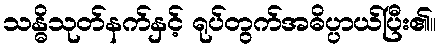
သန္ဓိသုတ်နက်နှင့် ရုပ်တွက်အဓိပ္ပာယ်ပြီး၏။